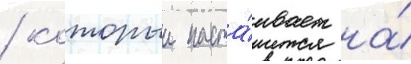
/ которыи наста́ивает на́